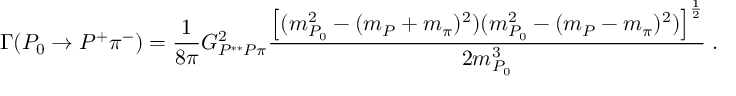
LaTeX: \Gamma ( P _ { 0 } \to P ^ { + } \pi ^ { - } ) = \frac { 1 } { 8 \pi } G _ { P ^ { * * } P \pi } ^ { 2 } \frac { \left[ ( m _ { P _ { 0 } } ^ { 2 } - ( m _ { P } + m _ { \pi } ) ^ { 2 } ) ( m _ { P _ { 0 } } ^ { 2 } - ( m _ { P } - m _ { \pi } ) ^ { 2 } ) \right] ^ { \frac { 1 } { 2 } } } { 2 m _ { P _ { 0 } } ^ { 3 } } \; .